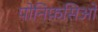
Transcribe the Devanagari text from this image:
पोनिफ़सिओ